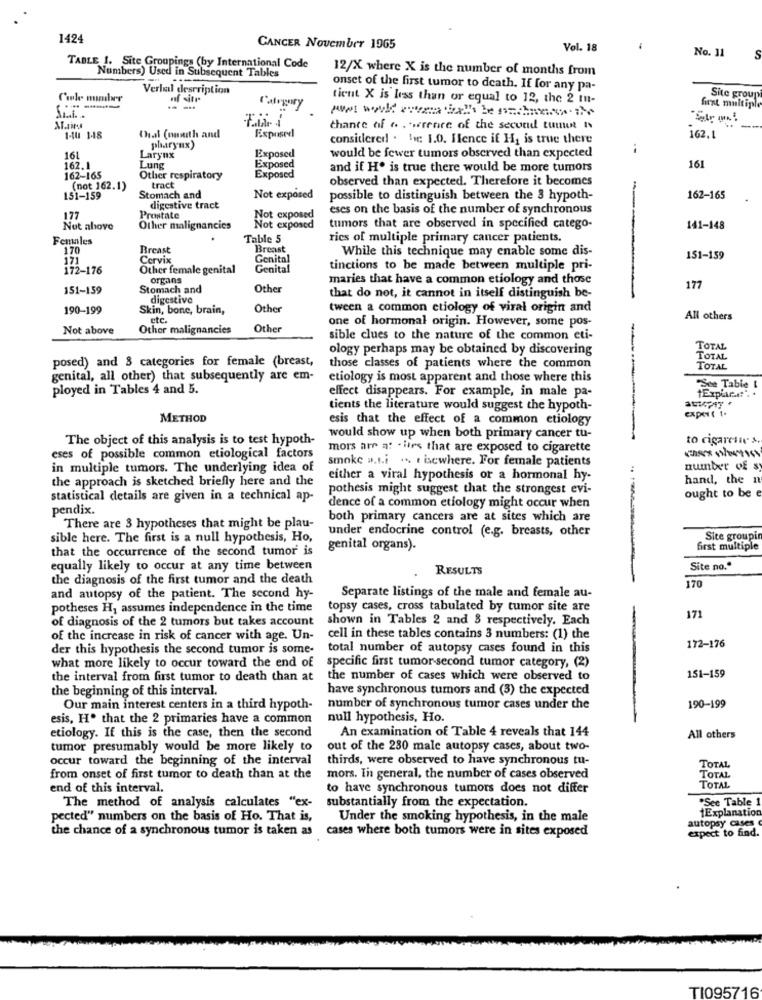
1424
CANCER November 1965
Vol. 18
-
No. 11
TABLE 1. Site Groupings (by International Code
Numbers) Used in Subsequent Tables
12/X where X is the number of months from
Verlul description
onset of the first tumor to death. If for any pa-
Cale member
icut X is less than or equal to 12, the 2 mu-
Site group
----
first multiple
...
chance of . . . wrenre of the second tumet Is
I-tu 1-18
Chal (omuth and
Exposed
considered . le: 1.0. Hence if H, is true there
162. L
pharynx)
Exposed
161
Larynx
Exposed
would be fewer tumors observed than expected
162.1
Lung
and if He is true there would be more tumors
161
162-165
Other respiratory
tract
Exposed
observed than expected. Therefore it becomes
(not 162.1)
151-159
Stomach and
Not exposed
possible to distinguish between the 3 hypoth-
162-165
digestive tract
eses on the basis of the number of synchronous
177
Prostate
Not exposed
Nut above
Other malignancies
Not exposed
tumors that are observed in specified catego-
141-148
Females
Table 5
rics of multiple primary cancer patients.
170
Breast
Breast
While this technique may enable some dis-
171
Cervix
Genital
151-159
172-176
Other female genital
Genital
tinctions to be made between multiple pri-
organs
maries that have a common etiology and those
151-159
Stomach and
Other
177
digestive
that do not, it cannot in itself distinguish be-
190-199
Skin, bone, brain,
Other
tween a common etiology of viral origin and
etc.
one of hormonal origin. However, some pos-
All others
Not above
Other malignancies
Other
sible clues to the nature of the common eti-
ology perhaps may be obtained by discovering
TOTAL
posed) and 3 categories for female (breast,
TOTAL
those classes of patients where the common
TOTAL
genital, all other) that subsequently are em-
etiology is most apparent and those where this
ployed in Tables 4 and 5.
effect disappears. For example, in male pa-
1Expir ....
"Ste Table I
tients the literature would suggest the hypoth-
expert t.
METHOD
esis that the effect of a common etiology
The object of this analysis is to test hypoth-
would show up when both primary cancer tu-
to cigarenie s
mors are at . lies that are exposed to cigarette
eses of possible common etiological factors
smoke a.t.i ... . isewhere. For female patients
in multiple tumors. The underlying idea of
number of sy
the approach is sketched briefly here and the
either a viral hypothesis or a hormonal hy-
hand, the n
pothesis might suggest that the strongest evi-
ought to be e
statistical details are given in a technical ap-
pendix.
dence of a common etiology might occur when
both primary cancers are at sites which are
There are 3 hypotheses that might be plau-
under endocrine control (e.g. breasts, other
sible here. The first is a null hypothesis, Ho,
Site groupi
that the occurrence of the second tumor is
genital organs).
first multiple
equally likely to occur at any time between
RESULTS
Site no."
the diagnosis of the first tumor and the death
170
and autopsy of the patient. The second hy-
Separate listings of the male and female au-
potheses H, assumes independence in the time
topsy cases, cross tabulated by tumor site are
171
of diagnosis of the 2 tumors but takes account
shown in Tables 2 and 3 respectively. Each
-
of the increase in risk of cancer with age. Un-
cell in these tables contains 3 numbers: (1) the
172-176
der this hypothesis the second tumor is some-
total number of autopsy cases found in this
what more likely to occur toward the end of specific first tumor-second tumor category, (2)
151-159
the interval from first tumor to death than at
the number of cases which were observed to
the beginning of this interval.
have synchronous tumors and (3) the expected
190-199
Our main interest centers in a third hypoth-
number of synchronous tumor cases under the
esis, H. that the 2 primaries have a common
null hypothesis, Ho.
An examination of Table 4 reveals that 144
etiology. If this is the case, then the second
All others
tumor presumably would be more likely to
out of the 230 male autopsy cases, about two-
occur toward the beginning of the interval
thirds, were observed to have synchronous tu-
TOTAL
from onset of first tumor to death than at the
mors. In general, the number of cases observed
TOTAL
end of this interval.
to have synchronous tumors does not differ
TOTAL
The method of analysis calculates "ex-
substantially from the expectation.
See Table 1
1Explanation
pected" numbers on the basis of Ho. That is,
Under the smoking hypothesis, in the male
autopsy cases
the chance of a synchronous tumor is taken as cases where both tumors were in sites exposed
expect to find.
TI095716